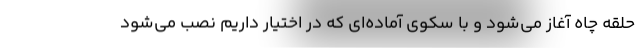
حلقه چاه آغاز می‌شود و با سکوی آماده‌ای که در اختیار داریم نصب می‌شود